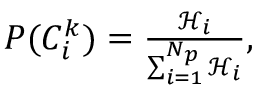
\begin{array} { r } { P ( { C _ { i } ^ { k } } ) = \frac { \mathscr { H } _ { i } } { \sum _ { i = 1 } ^ { N _ { p } } \mathscr { H } _ { i } } , } \end{array}